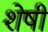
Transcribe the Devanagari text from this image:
शेषी